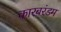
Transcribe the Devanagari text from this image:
कारबरंडम